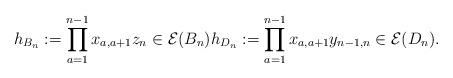
LaTeX: \begin{align*} h_{B_n}:= \prod_{a=1}^{n-1} x_{a,a+1} z_n \in {\cal E}(B_n) h_{D_n}:= \prod_{a=1}^{n-1} x_{a,a+1} y_{n-1,n} \in {\cal E}(D_n).\end{align*}